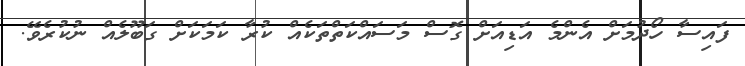
ފައިސާ ހޯދުމަށް އެންމެ އަޑިއަށް ގޮސް މަސައްކަތްތަކެއް ކުރާ ކަމަކަށް ގަބޫލެއް ނުކުރެވޭ.